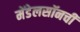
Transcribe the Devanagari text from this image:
मेंडेलसॉनची